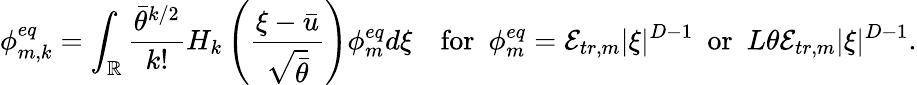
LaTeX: \phi_{m,k}^{eq}=\int_{\mathbb{R}}\frac{\bar{\theta}^{k/2}}{k!}H_{k}\left(\frac{\xi-\bar{u}}{\sqrt{\bar{\theta}}}\right)\phi_{m}^{eq}d\xi\quad\mathrm{for~}\ \phi_{m}^{eq}=\mathcal{E}_{tr,m}|\xi|^{D-1}\ \mathrm{~or~}\ L\theta\mathcal{E}_{tr,m}|\xi|^{D-1}.